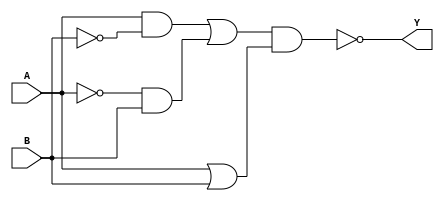
module xor_gate (
    input A, 
    input B, 
    output Y
);

wire w1, w2, w3, w4;

and gate1 (w1, A, ~B);
and gate2 (w2, ~A, B);
or gate3 (w3, w1, w2);
or gate4 (w4, A, B);
nand gate5 (Y, w3, w4);

endmodule